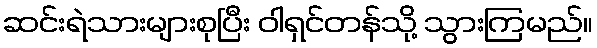
ဆင်းရဲသားများစုပြီး ဝါရှင်တန်သို့ သွားကြမည်။